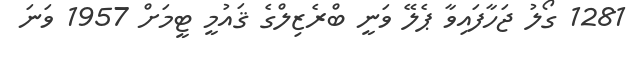
1281 ގޯލު ޖަހާފައިވާ ޕެލޭ ވަނީ ބްރެޒިލްގެ ޤައުމީ ޓީމަށް 1957 ވަނަ